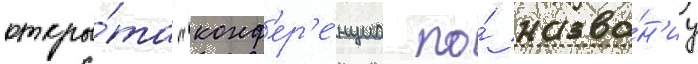
откры́та "конф'ер'е́нциа по́ назва́н'иу